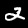
Label: 2